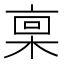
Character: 𪲪